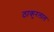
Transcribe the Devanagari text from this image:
ठाकुरलाल